Treatise on elephants
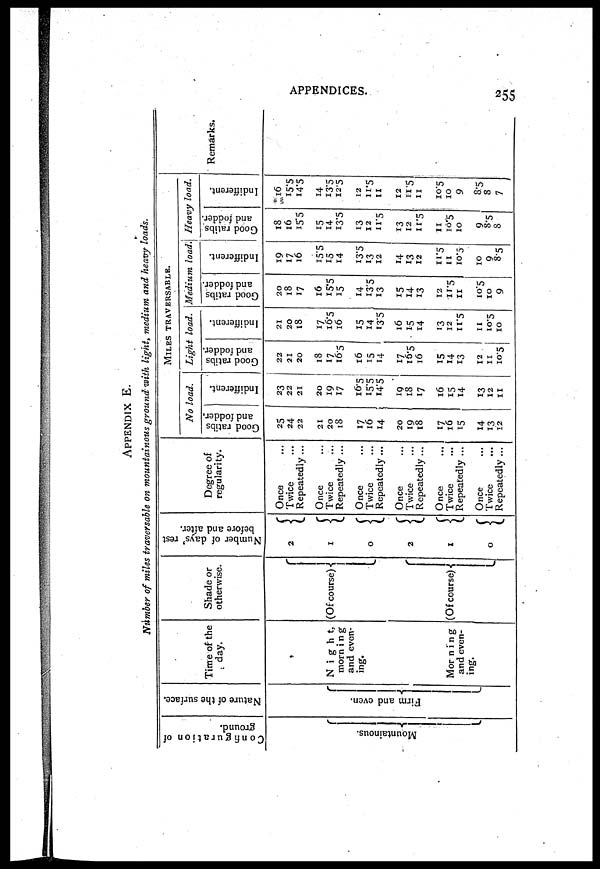
APPENDICES.
255
APPENDIX E.
Number of miles traversable on mountainous ground with light, medium and heavy loads.
Configuration of
ground.
Mountainous.
Nature of the surface.
Firm and even.
Time of the
day.
Night,
morning
and even-
ing.
Morning
and even-
ing.
Shade or
otherwise.
(Of course)
(Of course)
Number of days' rest
before and after.
2
1
0
2
1
0
Degree of
regularity.
Once
Twice
Repeatedly...
Once
Twice
Repeatedly ...
Once
Twice
Repeatedly ...
Once
Twice
Repeatedly ...
Once
Twice
Repeatedly ...
Once
Twice
Repeatedly ...
MILES TRAVERSABLE.
No load.
Good ratibs
and fodder.
25
24
22
21
20
x8
17
16
14
20
19
18
17
16
15
14
13
12
Indifferent.
23
22
21
20
19
17
16.5
15.5
14.5
19
18
17
16
15
14
13
12
11
Light load.
Good ratibs
and fodder.
22
21
20
18
17
16.5
16
15
14
17
16.5
16
15
14
13
12
11
10.5
Indifferent.
21
20
18
17
16.5
16
15
14
13.5
16
15
14
13
12
11.5
11
10.5
10
Medium load
Good ratibs
and fodder.
20
18
17
16
15.5
15
14
13.5
13
15
14
13
12
11.5
11
10.5
10
9
Indifferent.
19
17
16
15.5
15
14
13.5
13
12
14
13
12
11.5
11
10.5
10
9
8.5
Heavy load.
Good ratibs
and fodder.
18
16
15.5
15
14
13.5
13
12
11.5
13
12
11.5
11
10.5
10
9
8.5
8
Indifferent.
16
15.5
14.5
14
13.5
12.5
12
11.5
11
12
11.5
11
10.5
10
9
8.5
8
7
Remarks.